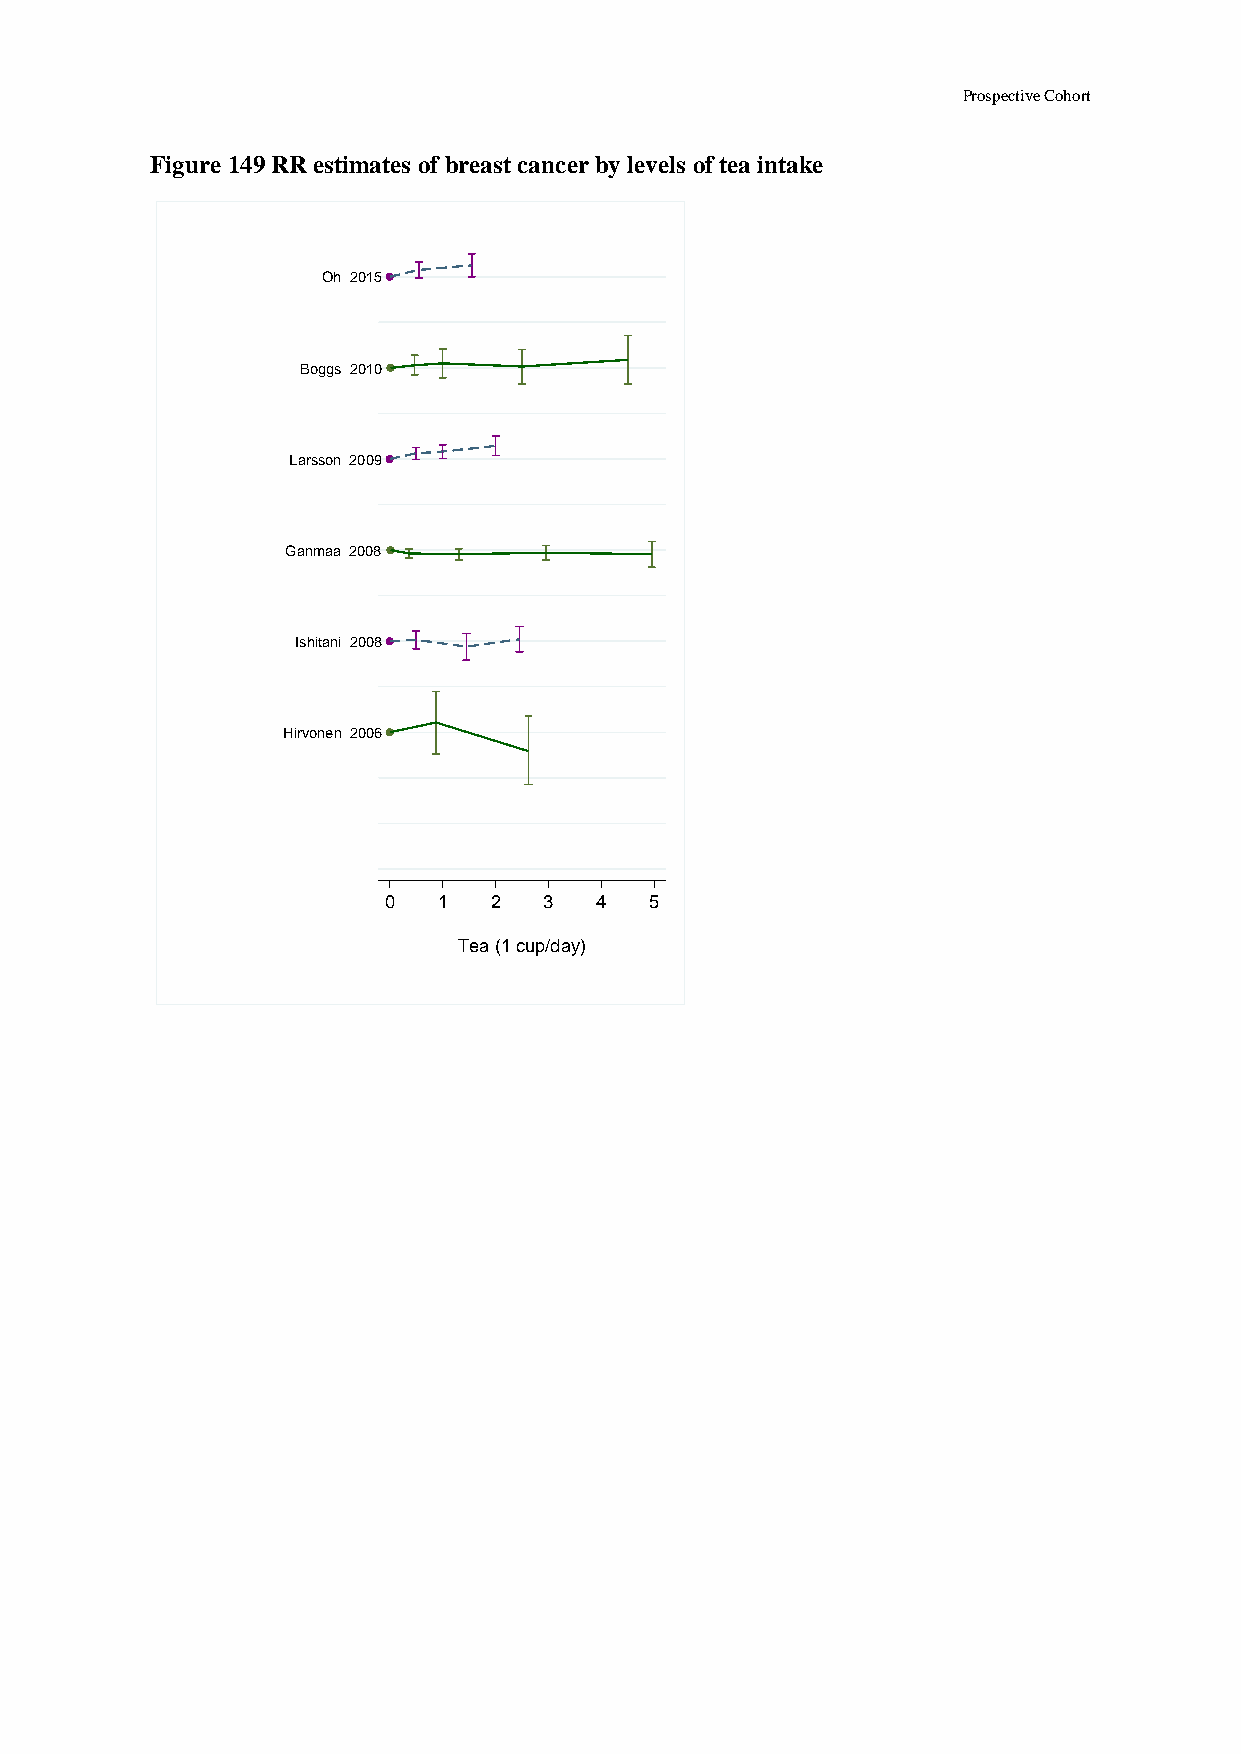
Prospective Cohort
 Figure 149 RR estimates of breast cancer by levels of tea intake
 Oh 2015
 Boggs 2010
 Larsson 2009
 Ganmaa 2008
 Ishitani 2008
 Hirvonen 2006
 0   1  2   3  4   5
 Tea (1 cup/day)